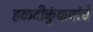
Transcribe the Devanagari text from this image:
हळदीकुंकवांचे